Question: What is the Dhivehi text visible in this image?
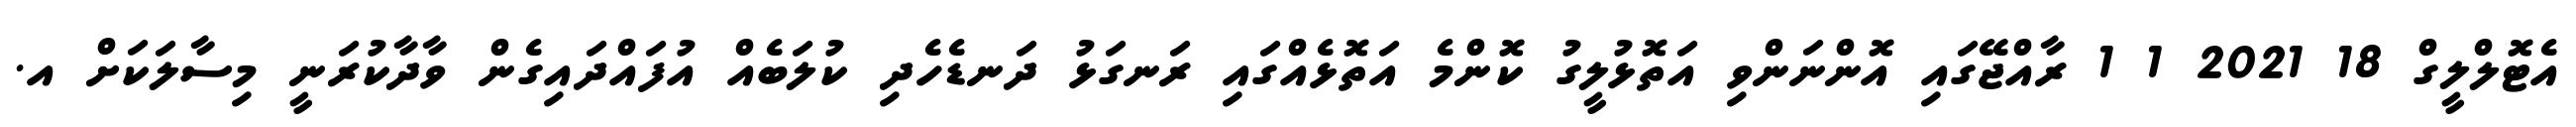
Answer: އެޓޮލްލީގް 18 2021 1 1 ރާއްޖޭގައި އޮންނަންވި އަތޮޅުލީގު ކޮންމެ އަތޮޅެއްގައި ރަނގަޅު ދަނޑެހެދި ކުލަބެއް އުފައްދައިގެން ވާދާކުރަނީ މިސާލަކަށް އ.